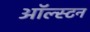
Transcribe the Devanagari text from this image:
ऑल्स्टन